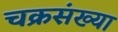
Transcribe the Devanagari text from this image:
चक्रसंख्या